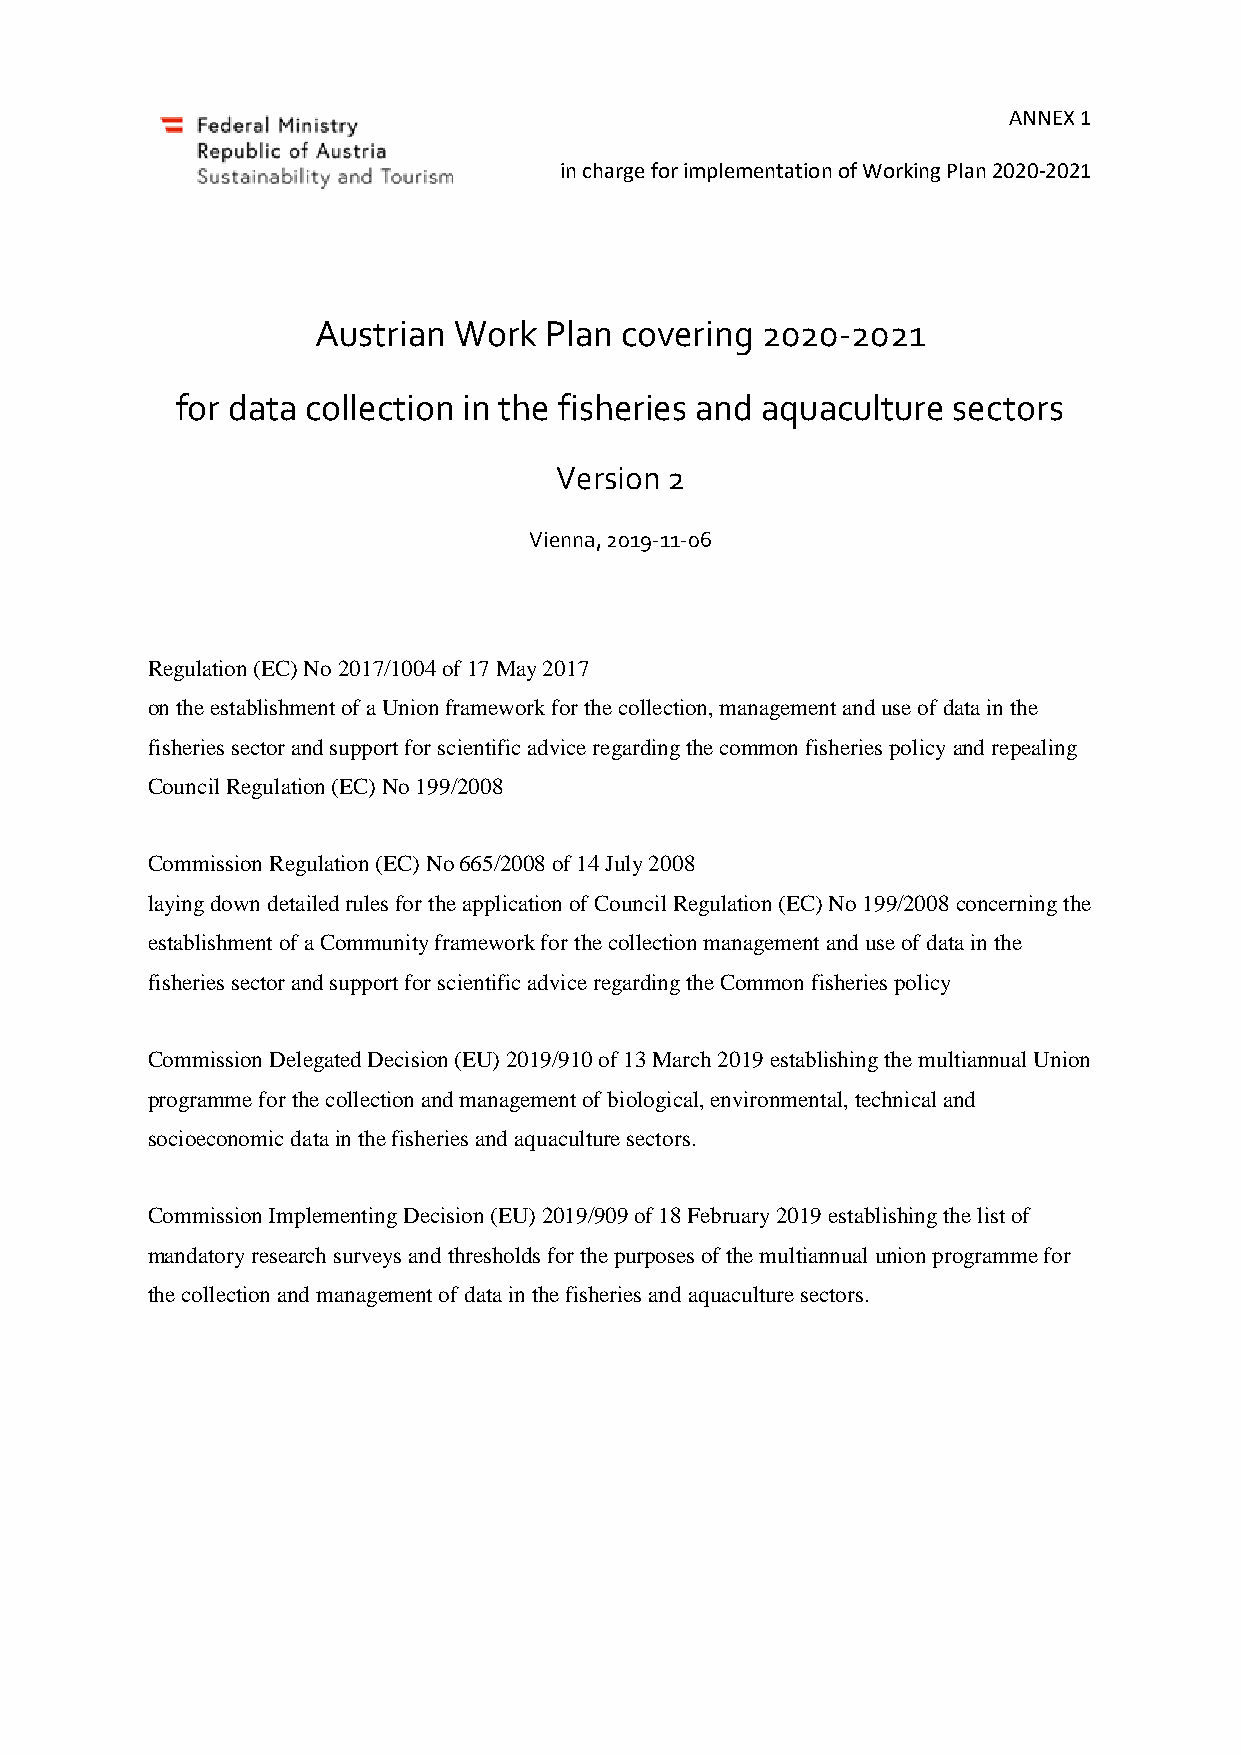
ANNEX 1
 in charge for implementation of Working Plan 2020-2021
 Austrian Work  Plan covering 2020-2021
 for data collection in the fisheries and aquaculture sectors
 Version 2
 Vienna, 2019-11-06
 Regulation (EC) No 2017/1004 of 17 May 2017
 on the establishment of a Union framework for the collection, management and use of data in the
 fisheries sector and support for scientific advice regarding the common fisheries policy and repealing
 Council Regulation (EC) No 199/2008
 Commission Regulation (EC) No 665/2008 of 14 July 2008
 laying down detailed rules for the application of Council Regulation (EC) No 199/2008 concerning the
 establishment of a Community framework for the collection management and use of data in the
 fisheries sector and support for scientific advice regarding the Common fisheries policy
 Commission Delegated Decision (EU) 2019/910 of 13 March 2019 establishing the multiannual Union
 programme for the collection and management of biological, environmental, technical and
 socioeconomic data in the fisheries and aquaculture sectors.
 Commission Implementing Decision (EU) 2019/909 of 18 February 2019 establishing the list of
 mandatory research surveys and thresholds for the purposes of the multiannual union programme for
 the collection and management of data in the fisheries and aquaculture sectors.